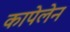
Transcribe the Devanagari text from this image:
कापेलेन